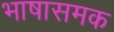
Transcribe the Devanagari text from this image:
भाषासमक